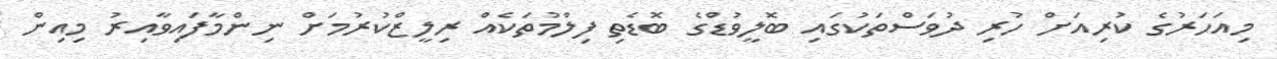
މިއަހަރުގެ ކުރިއަށް ހުރި ދުވަސްތަކުގައި ބޮލީވުޑްގެ ބޮޑެތި ފިލްމުތަކެއް ރިލީޒްކުރުމަށް ނިންމާފައިވާއިރު މިއިން